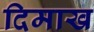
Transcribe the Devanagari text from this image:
दिमाख